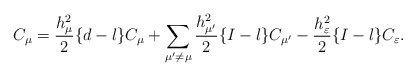
\begin{align*}C_\mu=\frac{h_\mu^2}{2}\{d-l\}C_\mu +\sum_{\mu'\not=\mu} \frac{h_{\mu'}^2}{2}\{I-l\}C_{\mu'} -\frac{h_\varepsilon^2}{2}\{I-l\}C_\varepsilon.\end{align*}